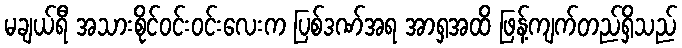
မချယ်ရီ အသားစိုင်ဝင်းဝင်းလေးက ပြစ်ဒဏ်အရ အာရှအထိ ဖြန့်ကျက်တည်ရှိသည်